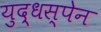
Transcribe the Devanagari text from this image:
युद्धस्पेन